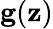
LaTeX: \mathbf{g}(\mathbf{z})